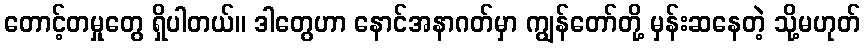
တောင့်တမှုတွေ ရှိပါတယ်။ ဒါတွေဟာ နောင်အနာဂတ်မှာ ကျွန်တော်တို့ မှန်းဆနေတဲ့ သို့မဟုတ်